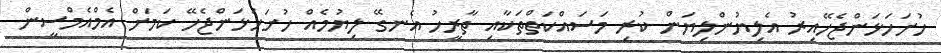
ހުށަހަޅަންޖެހޭއިރު އެލިޔުންލިޔަން ކުރި މަސައްކަތްތަކާއި ތާރީހު އެނގޭ ލިޔުމެއް ހުށަހަޅަންޖެހޭ ކަމަށް އެމްއެމްސީން